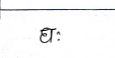
मजकूर: धः